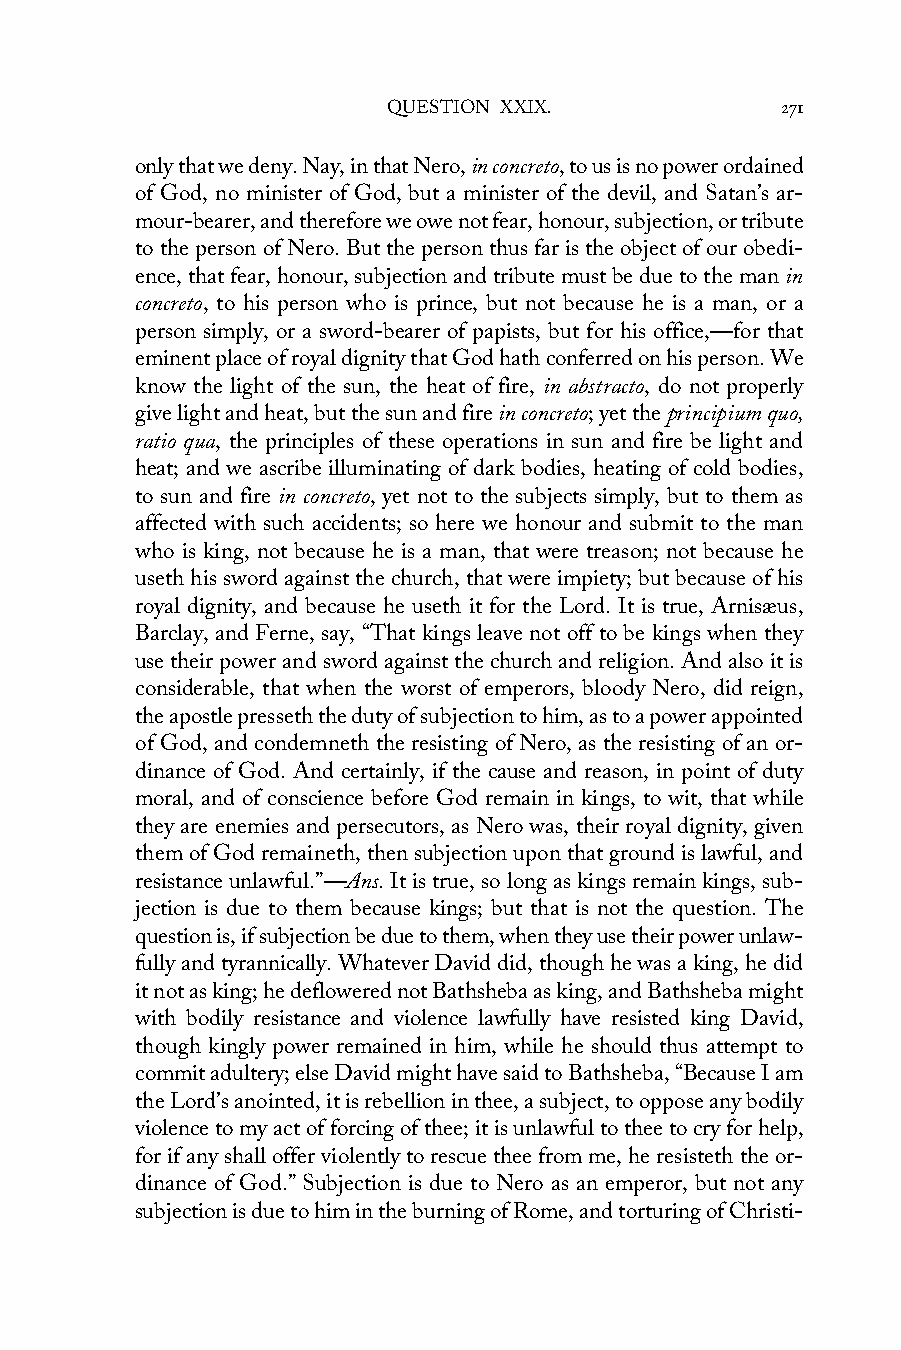
QUESTION XXIX.            271
 only that we deny. Nay, in that Nero, in concreto, to us is no power ordained
 of God, no minister of God, but a minister of the devil, and Satan’s ar-
 mour-bearer, and therefore we owe not fear, honour, subjection, or tribute
 to the person of Nero. But the person thus far is the object of our obedi-
 ence, that fear, honour, subjection and tribute must be due to the man in
 concreto, to his person who is prince, but not because he is a man, or a
 person simply, or a sword-bearer of papists, but for his office,—for that
 eminent place of royal dignity that God hath conferred on his person. We
 know the light of the sun, the heat of fire, in abstracto, do not properly
 give light and heat, but the sun and fire in concreto; yet the principium quo,
 ratio qua, the principles of these operations in sun and fire be light and
 heat; and we ascribe illuminating of dark bodies, heating of cold bodies,
 to sun and fire in concreto, yet not to the subjects simply, but to them as
 affected with such accidents; so here we honour and submit to the man
 who is king, not because he is a man, that were treason; not because he
 useth his sword against the church, that were impiety; but because of his
 royal dignity, and because he useth it for the Lord. It is true, Arnisæus,
 Barclay, and Ferne, say, “That kings leave not off to be kings when they
 use their power and sword against the church and religion. And also it is
 considerable, that when the worst of emperors, bloody Nero, did reign,
 the apostle presseth the duty of subjection to him, as to a power appointed
 of God, and condemneth the resisting of Nero, as the resisting of an or-
 dinance of God. And certainly, if the cause and reason, in point of duty
 moral, and of conscience before God remain in kings, to wit, that while
 they are enemies and persecutors, as Nero was, their royal dignity, given
 them of God remaineth, then subjection upon that ground is lawful, and
 resistance unlawful.”—Ans. It is true, so long as kings remain kings, sub-
 jection is due to them because kings; but that is not the question. The
 question is, if subjection be due to them, when they use their power unlaw-
 fully and tyrannically. Whatever David did, though he was a king, he did
 it not as king; he deflowered not Bathsheba as king, and Bathsheba might
 with bodily resistance and violence lawfully have resisted king David,
 though kingly power remained in him, while he should thus attempt to
 commit adultery; else David might have said to Bathsheba, “Because I am
 the Lord’s anointed, it is rebellion in thee, a subject, to oppose any bodily
 violence to my act of forcing of thee; it is unlawful to thee to cry for help,
 for if any shall offer violently to rescue thee from me, he resisteth the or-
 dinance of God.” Subjection is due to Nero as an emperor, but not any
 subjection is due to him in the burning of Rome, and torturing of Christi-